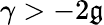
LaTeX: \gamma>-2\mathfrak{g}